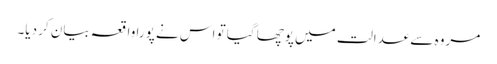
مروہ سے عدالت میں پوچھا گیا تو اس نے پورا واقعہ بیان کر دیا۔